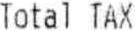
TOTAL TAX